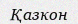
Қазкон